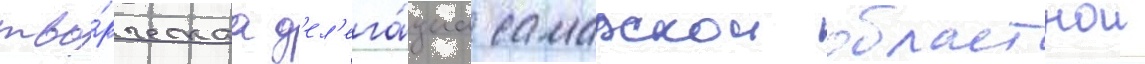
тво́рческаа д'ел'ега́циа самарскои областнои